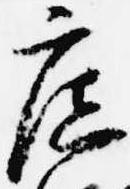
広